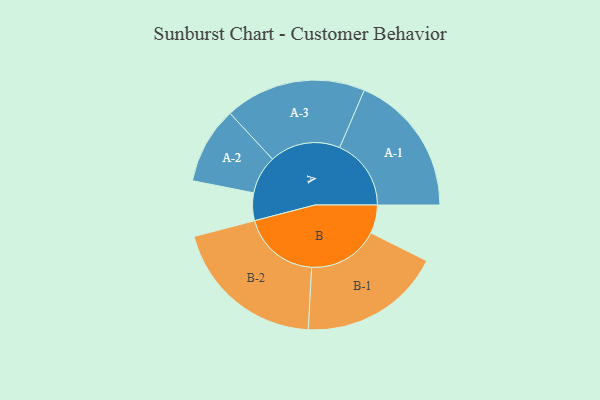
{"axis": {"x": "Segment", "y": "Value"}, "legend": ["", "A", "B"], "data": [{"x": "A", "y": 107, "type": ""}, {"x": "B", "y": 110, "type": ""}, {"x": "A-1", "y": 277, "type": "A"}, {"x": "A-2", "y": 149, "type": "A"}, {"x": "A-3", "y": 274, "type": "A"}, {"x": "B-1", "y": 276, "type": "B"}, {"x": "B-2", "y": 300, "type": "B"}]}